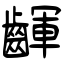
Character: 齳